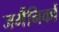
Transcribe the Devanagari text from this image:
जर्मैनिकों